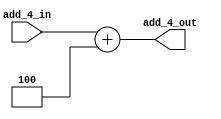
`timescale 1ns / 1ps

module Add_4(add_4_out, add_4_in);

	output [31:0]add_4_out;
	input [31:0]add_4_in; 

	assign add_4_out = add_4_in + 32'd4;

endmodule